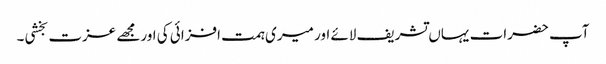
آپ حضرات یہاں تشریف لائے اور میری ہمت افزائی کی اورمجھے عزت بخشی۔